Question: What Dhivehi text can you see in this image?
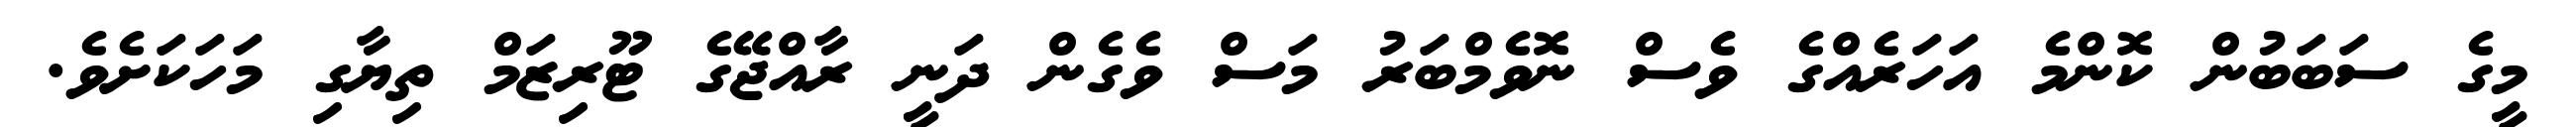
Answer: މީގެ ސަބަބުން ކޮންމެ އަހަރެއްގެ ވެސް ނޮވެމްބަރު މަސް ވެގެން ދަނީ ރާއްޖޭގެ ޓޫރިޒަމް ތިޔާގި މަހަކަށެވެ.